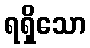
ရရှိသော